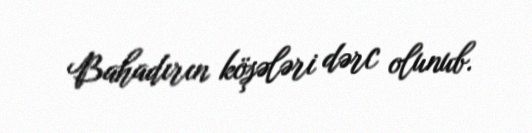
Bahadırın köşələri dərc olunub.